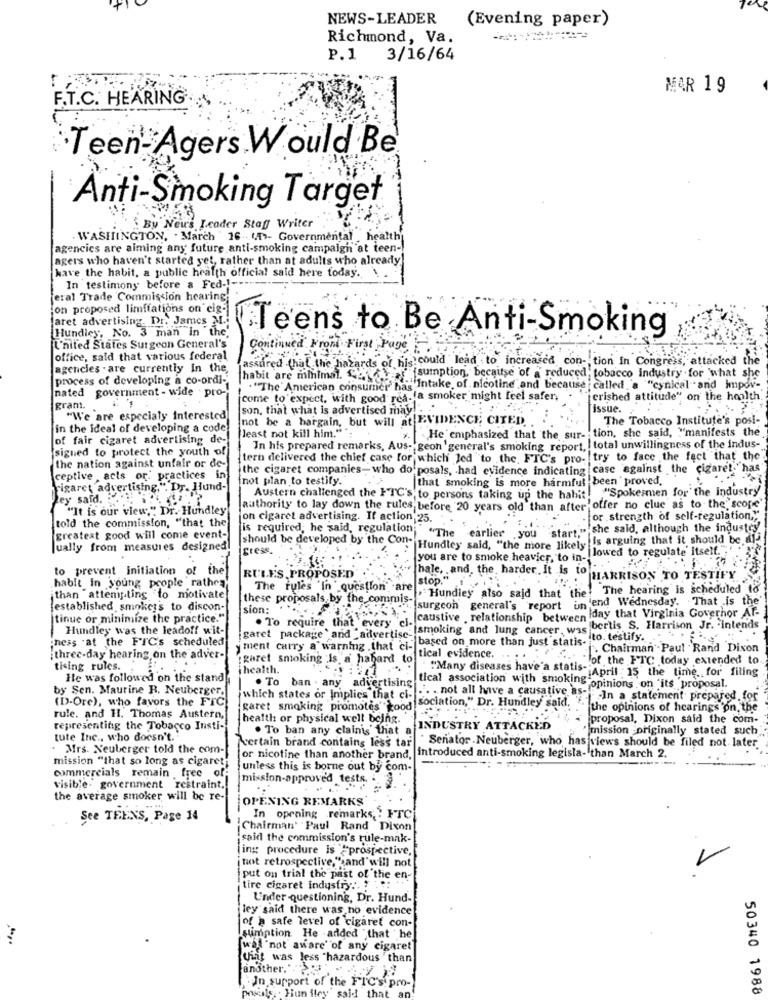
NEWS-LEADER
(Evening paper)
Richmond, Va.
P.1
3/16/64
MAR 19
F.T.C. HEARING
Teen Agers Would Be
Anti-Smoking Target
By News Icader Staff Writer
WASHINGTON, . March 16. (.)- Governmental health
agencies are aiming any future anti-smoking campaign at teen-
agers who haven't started yet, rather than at adults who already
have the habit, a public health official said here today.
In testimony before a Fed -!------
eral Trade Commission hearing;
on proposed limitations on cig-
faret advertising, Dr. James M.
Hundley, No. 3 man In the.
Teens to Be Anti-Smoking
United States Surgeon General's
Continued From First Page
office, said that various federal
assured that the hazards of his could lead to increased con- tion in Congress, attacked the
agencies . are currently in the,
process of developing a co-ordi-
habit are minimal. Sosyal sumption, because of a reduced, tobacco industry for 'what she
nated government - wide . pro-
""The American consumer has"Intake, of nicotine and because called "a ""cynical and impov-
come to expect, with good rea-fa smoker might feel safer,"
[erished attitude" on the houlth.
grant. .
son, that what is advertised may. ..
Issue.
"We are especialy interested
not be a bargain, but will at EVIDENCE CITED
The Tobacco Institute's posi-
in the ideal of developing a code
He emphasized that the sur- tion, she said, ""manifests the
of fair cigaret advertising de-
least not kill him."",
signed to protect the youth of
In his prepared remarks, Aus- geon 'general's smoking report, total unwillingness of the indus-
the nation against unfair or de-
tern delivered the chief case for which led to the, FTC's pro- try to face the fact that the"
the cigaret companies- who do posals, had evidence indicating case against the cigaret."has
ceptive , acts or. practices in
not plan to testify.
that smoking is more harmful been proved.
Figaret advertising.". Dr. Hund-
bey said. de. ap
Austern challenged the HTC's to persons taking up the habit. "Spokesmen for the Industry
"It is our view," Dr. Hundley
authority to lay down the rules before '20 years old than after offer no clue as to the scope
told the commission, "that the
jon cigaret advertising. If action 25.
for .strength of self-regulation.""
is required, he said, regulation
she said, although the industry'
greatest good will come event-
[should be developed by the Con-
"The earlier you start,"'S
Is arguing that it should be al-
Jually from measures designed!
gress.
Hundley said, "the more likely lowed to regulate' itself. '
you are to smoke heavier, to in-
to prevent initiation of the
habit in young people rather
RULES, PROPOSED
hale, and, the, harder. It is to HARRISON TO TESTIFY
stop."
The rules 'In ' question are
Hundley also said that the! The hearing is scheduled to
than attempting to motivate
these proposals by the commis-
surgeon general's report un'end Wednesday. That is the'
established smokers to discon-
sion:
caustive . relationship between Iday that Virginia Governor Af-
tinue or minimize the practice."
. To require that every cl-
Hundley was the leadoff wit-
garet package ' and 'advertise: smoking and lung cancer, was bertis S. Harrison Jr. intends
hess at the FTC's scheduled
y ment carry a warning that cl- based on more than just statis. to testify. ..
Chairman . Paul . Rand Dixon
three-day hearing on the adver-
garet smoking Is a habard to
tical evidence.
of the FTC today extended to
thing rules.
Thealth.
He was followed on the stand
. To ban . any advertising
" "Many diseases have'a statis" April : 15 the time for filing
by Sen. Maurine R. Neuberger.
tical association with smoking opinions on its proposal.
(D-Ore), who favors the FTC
which states or implies that ci-
. . not all have a causative as- In a statement prepared for
garet smoking promotes good
sociation," Dr. Hundley said. .. the opinions of hearings on, the
rule, and H. Thomas Austern,
health or physical well being.
+ proposal, Dixon said the com-
representing the Tobacco Insti-
. To ban any clainis' that a
INDUSTRY ATTACKED
"mission -originally stated such
tute Inc ., who doesn't.
Certain brand contains less tar
. Mrs. Neuberger told the com-
Senator . Neuberger, who has views should be filed not later
mission "that so long as cigaret;
or nicotine than another brand, introduced anti-smoking legisla- than March 2.
commercials remain free of
unless this is borne out by com-
mission-approved tests.
visible. government restraint,
the average smoker will be re-
OPENING REMARKS'
See TEENS, Page 14
In opening remarks .: FTC
Chairman' Paul Rand Dixon
said the commission's rule-mak-
Ting procedure Is #prospective,
¡not retrospective, ",and'will not
put on trial the past of the en-
tire cigaret industry :. : :.:
Under questioning, Dr. Hund-
ley said there was no evidence
of a safe level of cigaret con-
sumption He -added that he
[wal "not aware of any cigaret
that was less "hazardous than
another."
In support of the FIC's pro-
prusals. . Hun fley said that an!
50340 1988